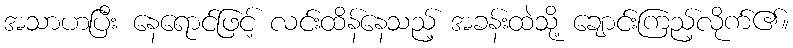
အသာဟပြီး နေရောင်ဖြင့် လင်းထိန်နေသည့် အခန်းထဲသို့ ချောင်းကြည့်လိုက်၏။